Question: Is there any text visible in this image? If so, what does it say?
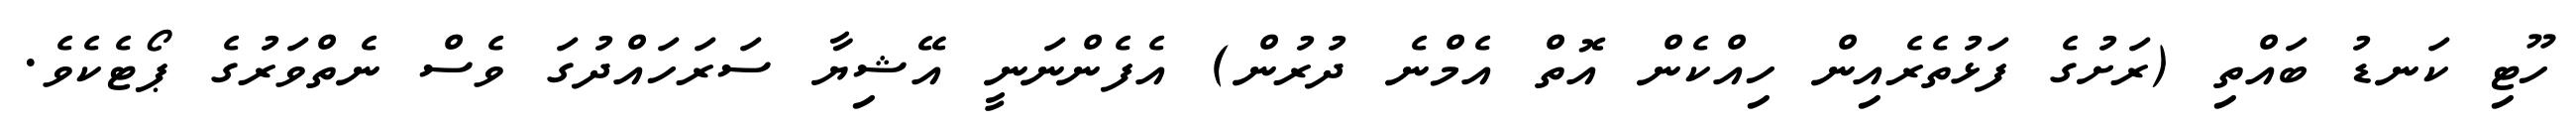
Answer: ހޫޓި ކަނޑު ބައްތި (ރަށުގެ ފަޅުތެރެއިން ހިއްކެން އޮތް އެމްނެ ދުރުން) އެފެންނަނީ އޭޝިޔާ ސަރަހައްދުގަ ވެސް ނެތްވަރުގެ ޕޯޓެކެވެ.